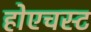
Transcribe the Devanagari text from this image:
होएचस्ट